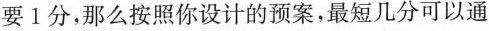
要1分，那么按照你设计的预案，最短几分可以通